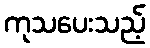
ကုသပေးသည့်